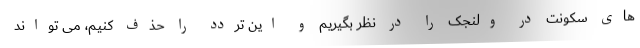
های سکونت در ولنجک را در نظر بگیریم و این تردد را حذف کنیم، می تواند